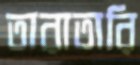
তারাতারি